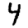
Digit: 4